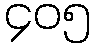
၄၀၅